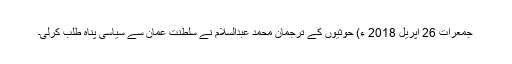
جمعرات 26 اپریل 2018 ء) حوثیوں کے ترجمان محمد عبدالسلام نے سلطنت عمان سے سیاسی پناہ طلب کرلی۔